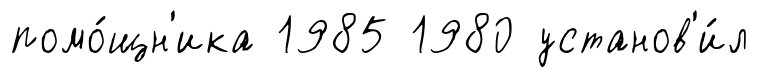
помо́щн'ика 1985 1980 установ'и́л